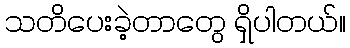
သတိပေးခဲ့တာတွေ ရှိပါတယ်။